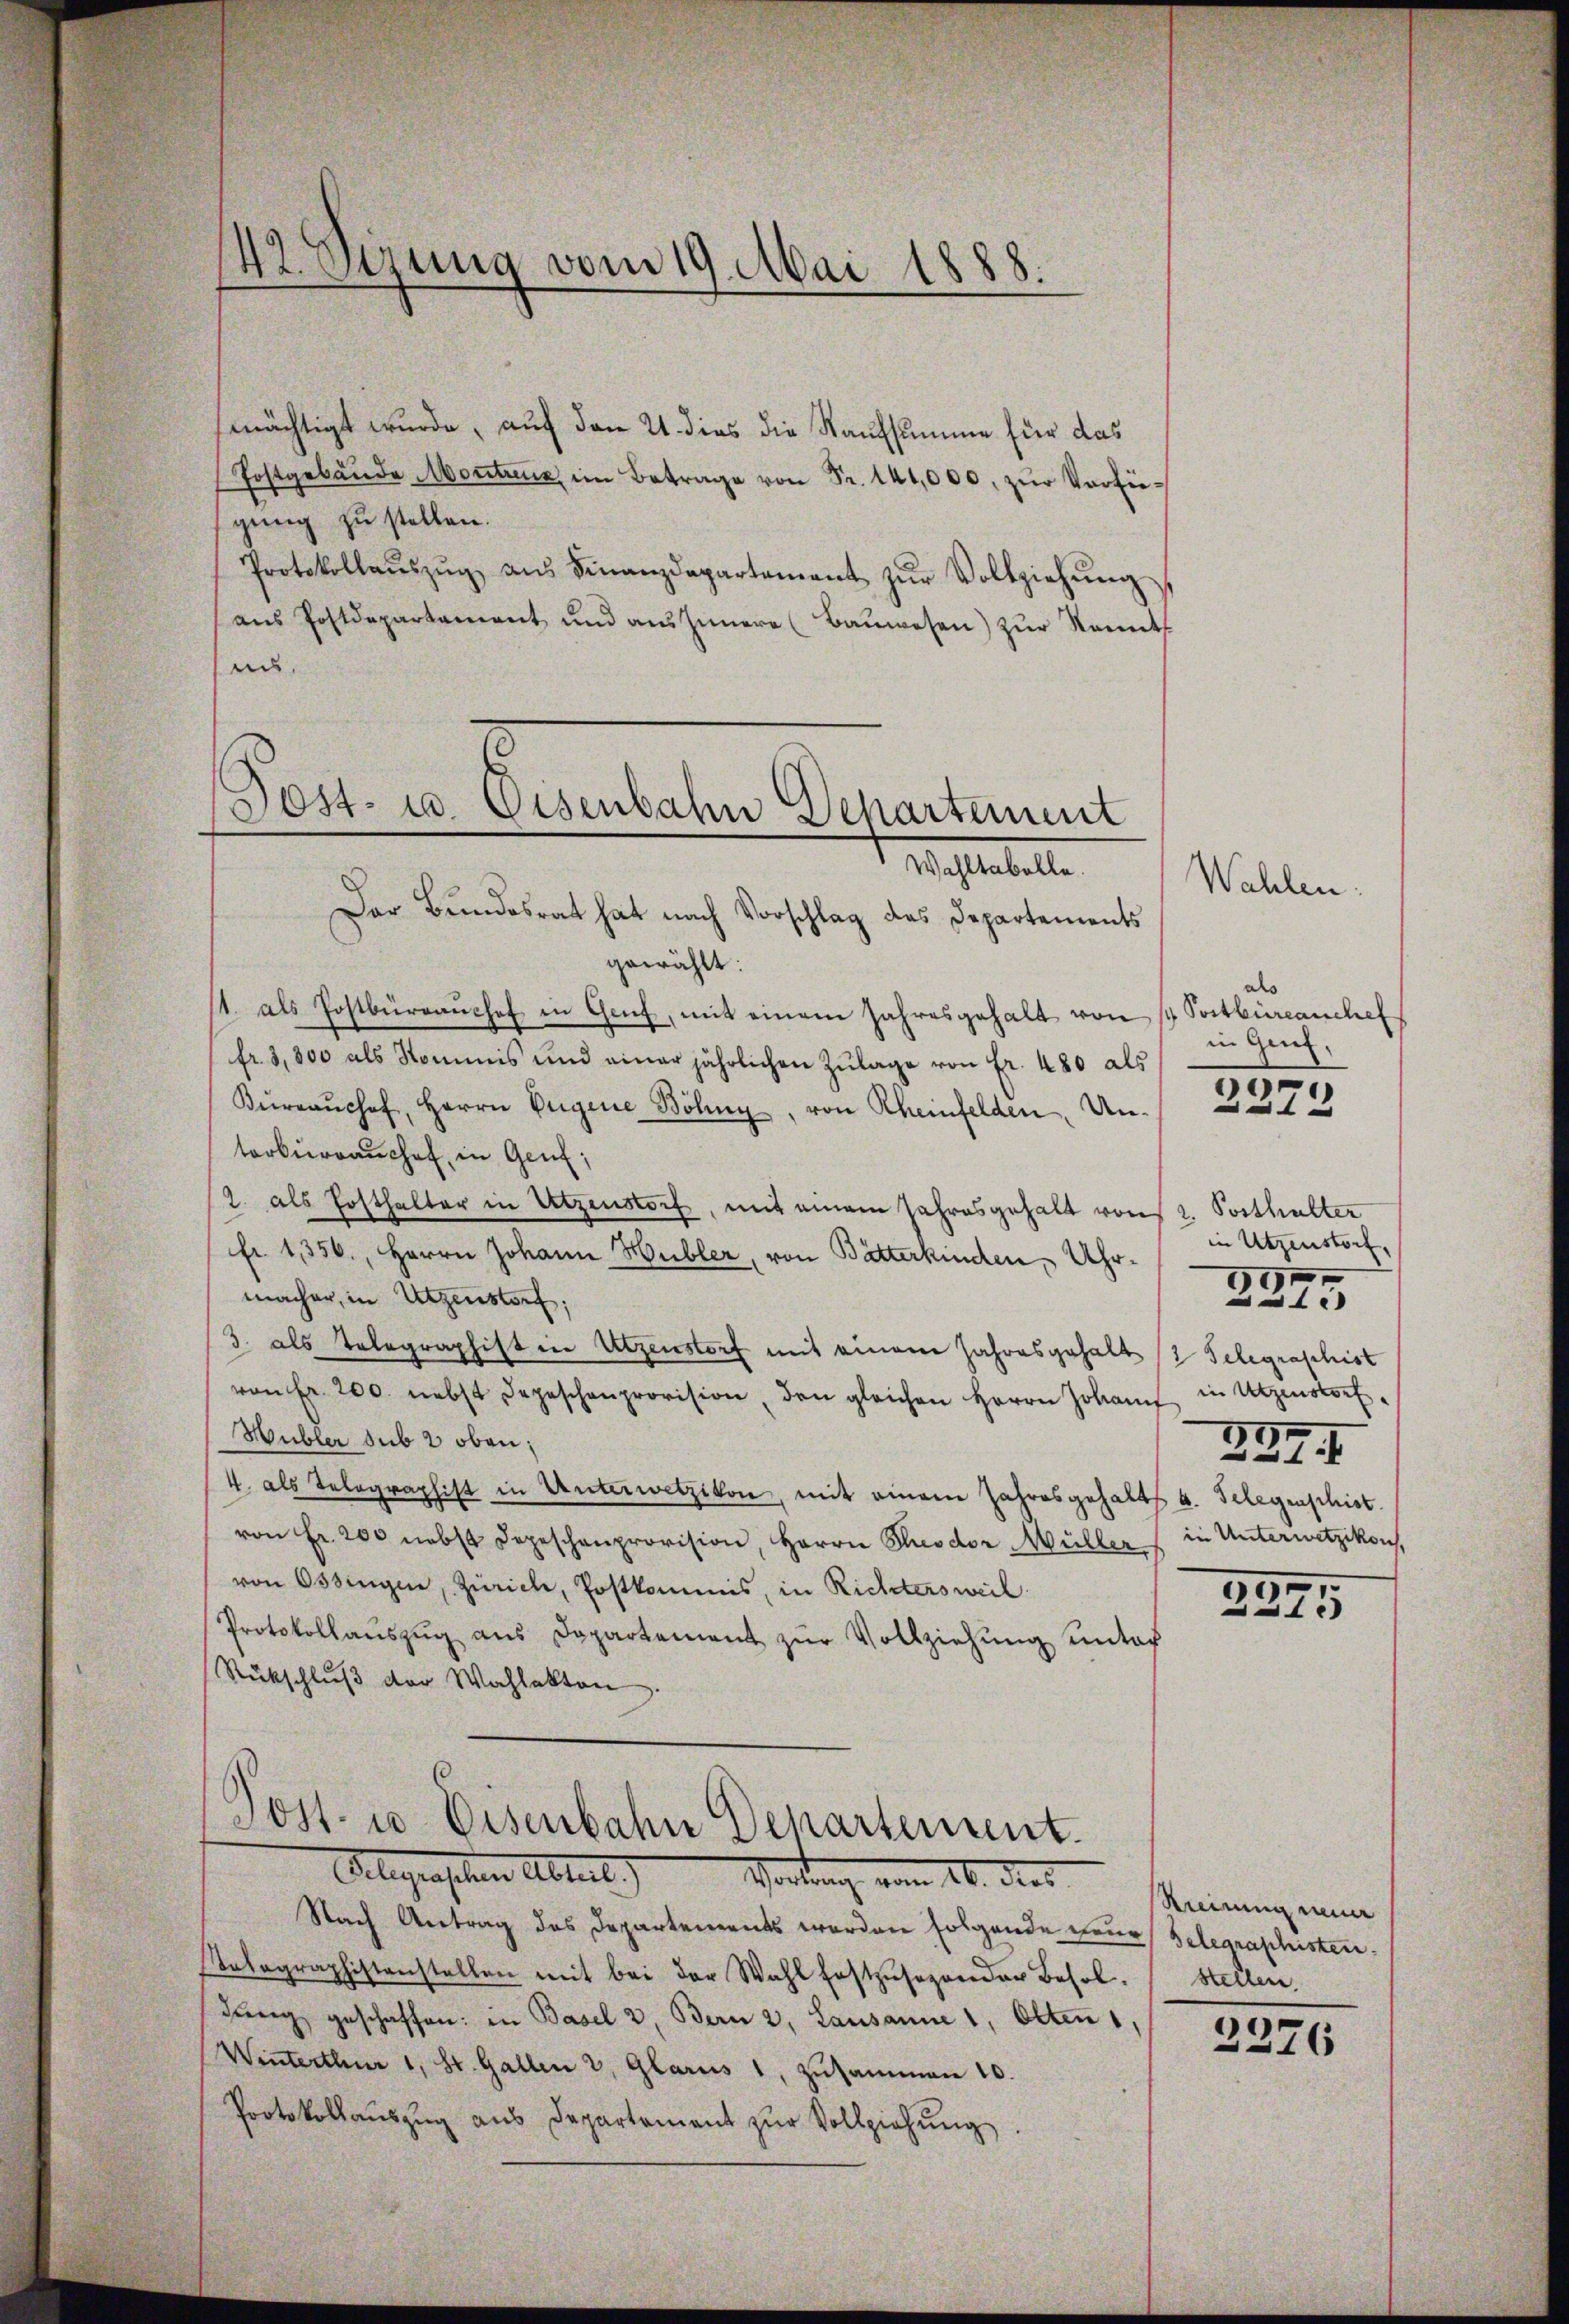
42. Sizung vom 19. Mai 1888.

mächtigt wurde, auf den 21. dies die Kaufsumme für das
Postgebäŭde Montreux im Betrage von Fr. 141,000. zŭr Verfügung zu stellen.
Protokollaŭszŭg aŭs Finanzdepartement zŭr Vollziehŭng
aŭs Postdepartament und aŭs Innere (Baŭwesen) zŭr Kennt
uns
Der Bundesrat hat nach Vorschlag des Departements
gewählt:
11. als Postbüreaŭshof in Genf, mit einem Jahresgehalt von 1. Postbüreanchef
fr. 3,800 als Kommis und einer jährlichen Zŭlage von Fr. 480 als
Kŭraŭchef, Herrn Eigene Böhny, von Rheinfelden, Untorberrauchel, in Genf;
2. als Posthalter in Utzenstorf, mit einem Jahresgehalt von 2. Posthalter
fr. 1356., Herrn Johann Hubler, von Bätterkinden Uhrmacher, in Urzenstorf,
/3. als Telegraphist in Utzenstorf mit einem Jahresgehalt 2 Telegraphist
von Fr. 200. nebst Depeschenprovision, den gleichen Herrn Johann in Utzenstorf
Hubler sub 2 oben;
4. als Telegraphist in Unterwetzikon, mit einem Jahresgehalts u. Gelegenschist.
von Fr. 200 nebst Depeschenprovision, Herrn Theodor Müller
von Ossingen, Zürich, Postkommis, in Richtersweil
Protokollaŭszŭg ans Dopartement zŭr Vollziehŭng unter
Rückschlŭβ der Wahlakten.
Post- u. Eisenbahn Departement.
Alegenschen Abteil. Vortrag vom 16. dies
Nach Antrag des Departements werden folgende nur Gelegraphistenalagraphistenstellen mit bei der Wahl festzusehender Besol. Stellen.
dŭng geschaffen: in Basel 2. Bern 2, Lausanne 1, Olten,
Winterthur 1, St. Gallen 2, Glarus 1, zusammen 10.
Protokollaŭszŭg ans Departement zŭr Vollziehŭng.

Post- u. Eisenbahn Departement
Wahltabelle.

Wahlen

als
in Genf,

2272

in Utzenstorf,
59.
1
in Unterwetzikon,

991
.

237

Krennung neuer

2376